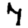
Digit: 7